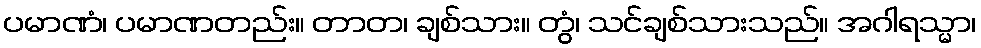
ပမာဏံ၊ ပမာဏတည်း။ တာတ၊ ချစ်သား။ တွံ၊ သင်ချစ်သားသည်။ အဂါရသ္မာ၊